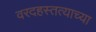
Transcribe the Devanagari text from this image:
वरदहस्तत्याच्या